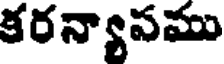
కరన్యాపము